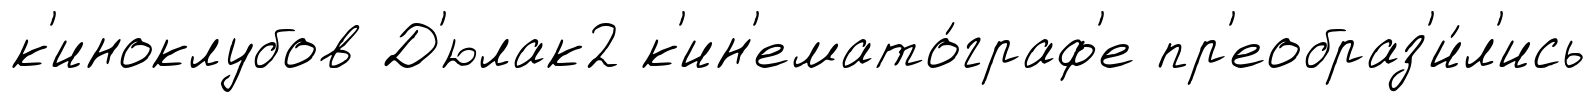
к'иноклубов Д'юлак2 к'ин'емато́граф'е пр'еобраз'и́л'ись